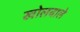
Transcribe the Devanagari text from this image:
खोलवाले